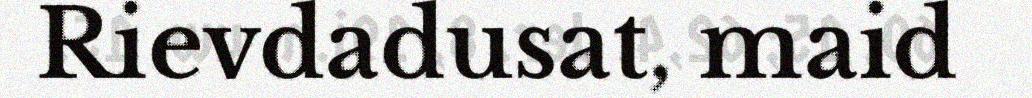
Rievdadusat, maid